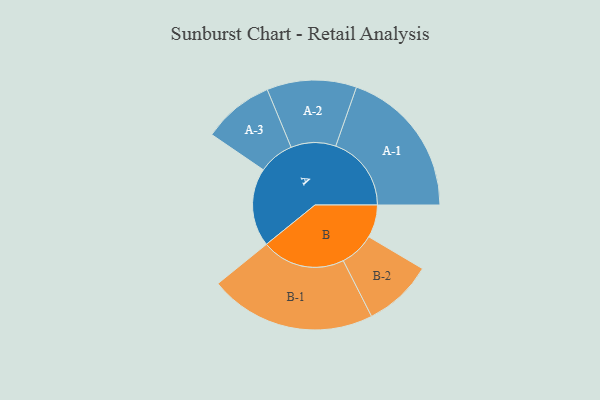
{"axis": {"x": "Segment", "y": "Value"}, "legend": ["", "A", "B"], "data": [{"x": "A", "y": 280, "type": ""}, {"x": "B", "y": 117, "type": ""}, {"x": "A-1", "y": 270, "type": "A"}, {"x": "A-2", "y": 160, "type": "A"}, {"x": "A-3", "y": 127, "type": "A"}, {"x": "B-1", "y": 298, "type": "B"}, {"x": "B-2", "y": 124, "type": "B"}]}